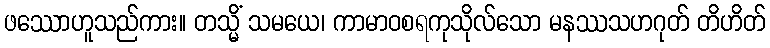
ဖဿောဟူသည်ကား။ တသ္မိံ သမယေ၊ ကာမာဝစရကုသိုလ်သော မနဿသဟဂုတ် တိဟိတ်